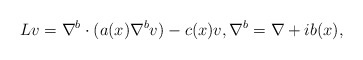
\begin{align*} Lv=\nabla^{b}\cdot(a(x)\nabla^{b}v)-c(x)v, \nabla^{b}=\nabla+ib(x),\end{align*}